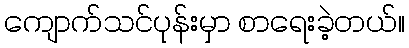
ကျောက်သင်ပုန်းမှာ စာရေးခဲ့တယ်။